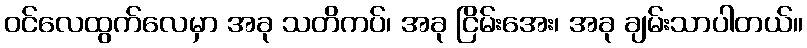
ဝင်လေထွက်လေမှာ အခု သတိကပ်၊ အခု ငြိမ်းအေး၊ အခု ချမ်းသာပါတယ်။